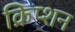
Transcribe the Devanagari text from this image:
क्रिप्शन